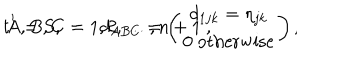
LaTeX: t ^ { 1 } = S , \qquad d _ { A B C } = \left( \begin{matrix} { { d _ { 1 j k } = \eta _ { j k } } } \\ { { 0 \; \mathrm { o t h e r w i s e } } } \\ \end{matrix} \right) , \hspace { 2 c m } A , B , C = 1 , 2 , \dots , n + 1 \ ,